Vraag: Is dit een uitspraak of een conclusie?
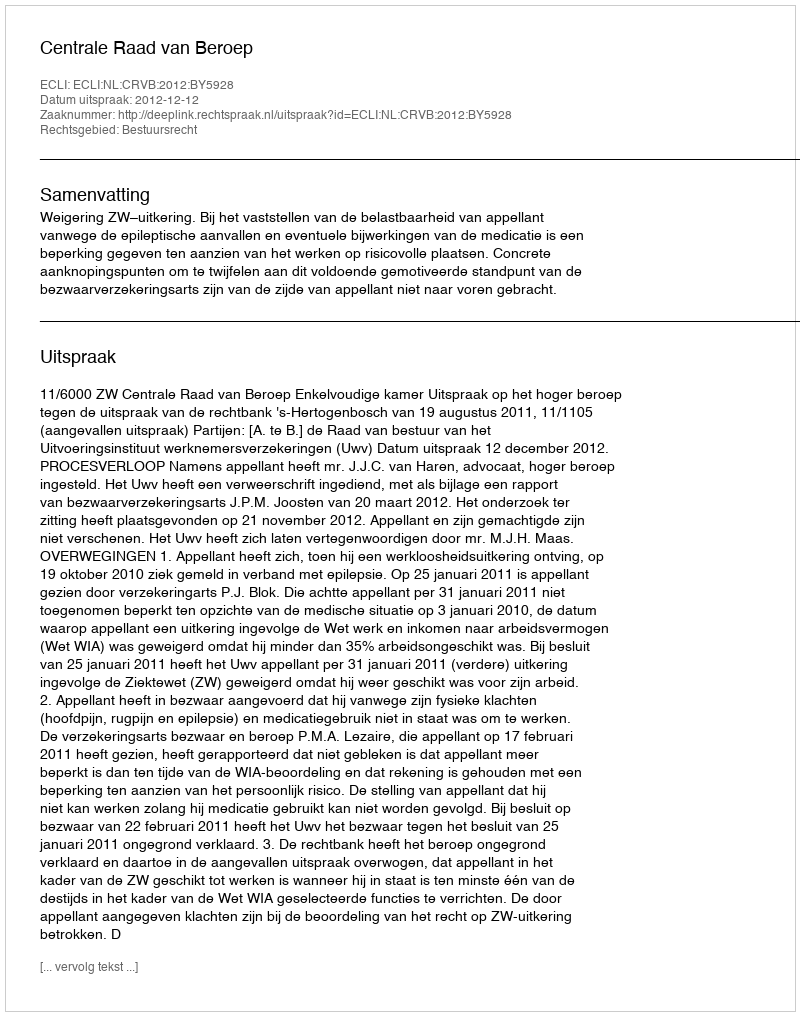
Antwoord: Uitspraak